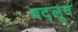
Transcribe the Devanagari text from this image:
बद्लुन